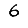
Digit: 6